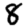
Digit: 8